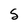
Character: S